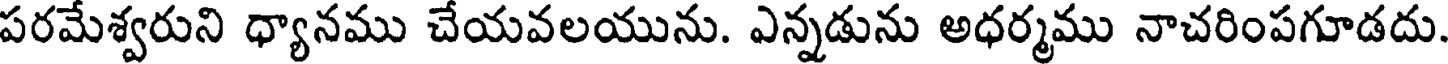
పరమేశ్వరుని ధ్యానము చేయవలయును. ఎన్నడును అధర్మము నాచరింపగూడదు.